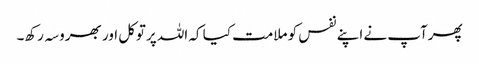
پھرآپ نے اپنے نفس کو ملامت کیا کہ اللہ پرتوکل اور بھروسہ رکھ۔